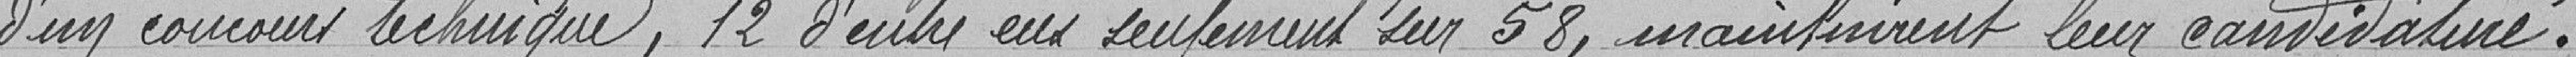
d'un concours technique, 12 d'entre eux seulement sur 58, manifestèrent leur candidature.